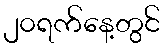
၂၀ရက်နေ့တွင်